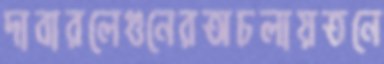
দাবারলেগুনেরঅচলায়তনে